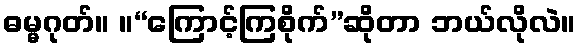
ဓမ္မဂုတ်။ ။“ကြောင့်ကြစိုက်”ဆိုတာ ဘယ်လိုလဲ။